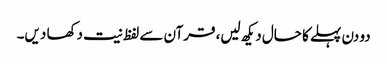
دو دن پہلے کا حال دیکھ لیں، قرآن سے لفظ نیت دکھا دیں۔